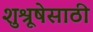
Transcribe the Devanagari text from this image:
शुश्रूषेसाठी